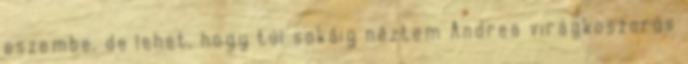
eszembe, de lehet, hogy túl sokáig néztem Andrea virágkoszorús